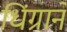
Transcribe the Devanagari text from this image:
धिंग्राने